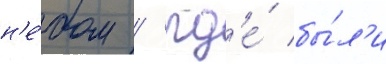
н'е́бом / гд'е́ бы́л'и